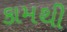
કામથી